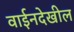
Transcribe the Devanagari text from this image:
वाईनदेखील